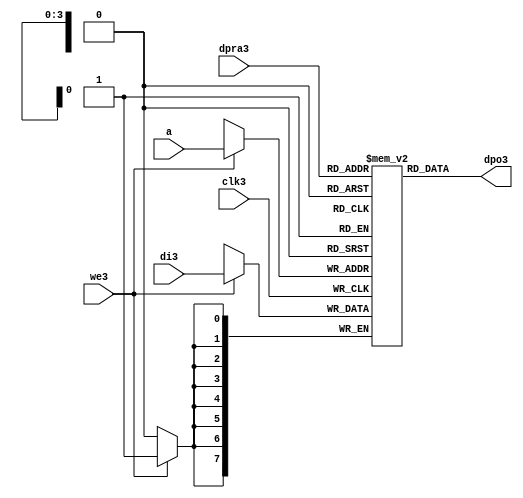
//////////////////////////////////////////////////////////////////////
////                                                              ////
////  raminfr3.v                                                   ////
////                                                              ////
////                                                              ////
////  This3 file is part of the "UART3 16550 compatible3" project3    ////
////  http3://www3.opencores3.org3/cores3/uart165503/                   ////
////                                                              ////
////  Documentation3 related3 to this project3:                      ////
////  - http3://www3.opencores3.org3/cores3/uart165503/                 ////
////                                                              ////
////  Projects3 compatibility3:                                     ////
////  - WISHBONE3                                                  ////
////  RS2323 Protocol3                                              ////
////  16550D uart3 (mostly3 supported)                              ////
////                                                              ////
////  Overview3 (main3 Features3):                                   ////
////  Inferrable3 Distributed3 RAM3 for FIFOs3                        ////
////                                                              ////
////  Known3 problems3 (limits3):                                    ////
////  None3                .                                       ////
////                                                              ////
////  To3 Do3:                                                      ////
////  Nothing so far3.                                             ////
////                                                              ////
////  Author3(s):                                                  ////
////      - gorban3@opencores3.org3                                  ////
////      - Jacob3 Gorban3                                          ////
////                                                              ////
////  Created3:        2002/07/22                                  ////
////  Last3 Updated3:   2002/07/22                                  ////
////                  (See log3 for the revision3 history3)          ////
////                                                              ////
////                                                              ////
//////////////////////////////////////////////////////////////////////
////                                                              ////
//// Copyright3 (C) 2000, 2001 Authors3                             ////
////                                                              ////
//// This3 source3 file may be used and distributed3 without         ////
//// restriction3 provided that this copyright3 statement3 is not    ////
//// removed from the file and that any derivative3 work3 contains3  ////
//// the original copyright3 notice3 and the associated disclaimer3. ////
////                                                              ////
//// This3 source3 file is free software3; you can redistribute3 it   ////
//// and/or modify it under the terms3 of the GNU3 Lesser3 General3   ////
//// Public3 License3 as published3 by the Free3 Software3 Foundation3; ////
//// either3 version3 2.1 of the License3, or (at your3 option) any   ////
//// later3 version3.                                               ////
////                                                              ////
//// This3 source3 is distributed3 in the hope3 that it will be       ////
//// useful3, but WITHOUT3 ANY3 WARRANTY3; without even3 the implied3   ////
//// warranty3 of MERCHANTABILITY3 or FITNESS3 FOR3 A PARTICULAR3      ////
//// PURPOSE3.  See the GNU3 Lesser3 General3 Public3 License3 for more ////
//// details3.                                                     ////
////                                                              ////
//// You should have received3 a copy of the GNU3 Lesser3 General3    ////
//// Public3 License3 along3 with this source3; if not, download3 it   ////
//// from http3://www3.opencores3.org3/lgpl3.shtml3                     ////
////                                                              ////
//////////////////////////////////////////////////////////////////////
//
// CVS3 Revision3 History3
//
// $Log: not supported by cvs2svn3 $
// Revision3 1.1  2002/07/22 23:02:23  gorban3
// Bug3 Fixes3:
//  * Possible3 loss of sync and bad3 reception3 of stop bit on slow3 baud3 rates3 fixed3.
//   Problem3 reported3 by Kenny3.Tung3.
//  * Bad (or lack3 of ) loopback3 handling3 fixed3. Reported3 by Cherry3 Withers3.
//
// Improvements3:
//  * Made3 FIFO's as general3 inferrable3 memory where possible3.
//  So3 on FPGA3 they should be inferred3 as RAM3 (Distributed3 RAM3 on Xilinx3).
//  This3 saves3 about3 1/3 of the Slice3 count and reduces3 P&R and synthesis3 times.
//
//  * Added3 optional3 baudrate3 output (baud_o3).
//  This3 is identical3 to BAUDOUT3* signal3 on 16550 chip3.
//  It outputs3 16xbit_clock_rate - the divided3 clock3.
//  It's disabled by default. Define3 UART_HAS_BAUDRATE_OUTPUT3 to use.
//

//Following3 is the Verilog3 code3 for a dual3-port RAM3 with asynchronous3 read. 
module raminfr3   
        (clk3, we3, a, dpra3, di3, dpo3); 

parameter addr_width3 = 4;
parameter data_width3 = 8;
parameter depth = 16;

input clk3;   
input we3;   
input  [addr_width3-1:0] a;   
input  [addr_width3-1:0] dpra3;   
input  [data_width3-1:0] di3;   
//output [data_width3-1:0] spo3;   
output [data_width3-1:0] dpo3;   
reg    [data_width3-1:0] ram3 [depth-1:0]; 

wire [data_width3-1:0] dpo3;
wire  [data_width3-1:0] di3;   
wire  [addr_width3-1:0] a;   
wire  [addr_width3-1:0] dpra3;   
 
  always @(posedge clk3) begin   
    if (we3)   
      ram3[a] <= di3;   
  end   
//  assign spo3 = ram3[a];   
  assign dpo3 = ram3[dpra3];   
endmodule